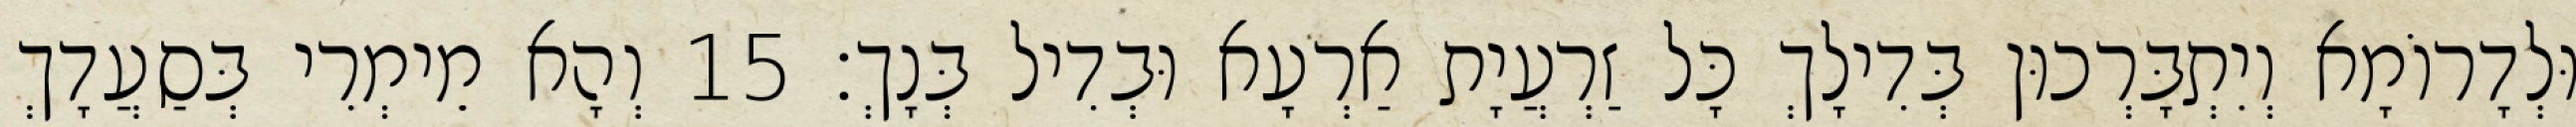
וּלְדָרוֹמָא וְיִתְבָּרְכוּן בְּדִילָךְ כָּל זַרְעֲיָת אַרְעָא וּבְדִיל בְּנָךְ׃ 15 וְהָא מֵימְרִי בְּסַעֲדָךְ